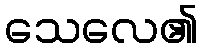
သေလေ၏